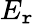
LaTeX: E_{\mathtt{r}}